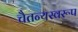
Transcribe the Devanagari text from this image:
चैतन्यस्वरूप